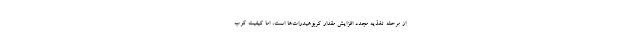
از مرحله تغذیه مجدد افزایش مقدار کربوهیدرات‌ها است، اما کیفیت کرب